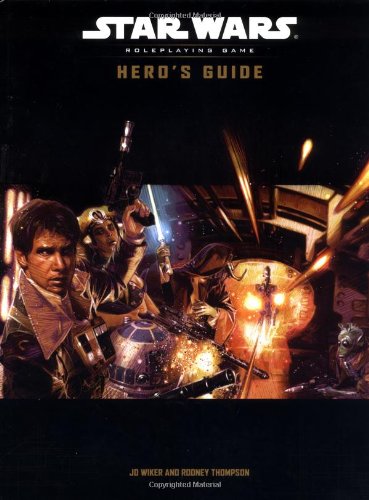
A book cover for Hero's Guide (Star Wars Roleplaying Game); J. D. Wiker; Science Fiction & Fantasy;